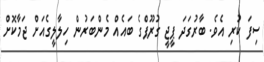
ސިފަ ކުރި އެވެ. ބާރުގަދަ ޕީޖީ ގުރޫޕްގެ ބައެއް މެންބަރުން ހިލާލީގެއަށް ޖަމާކޮށް